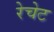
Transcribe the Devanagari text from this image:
रेचेट